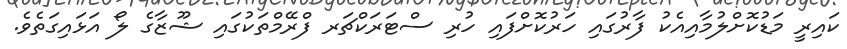
ކައިރީ މަޑުކޮށްލުމާއިއެކު ފާރުގައި ހަރުކޮށްފައި ހުރި ސްޓަރަކްޗަރ ފްރޭމްތަކުގައި ޝޫޒާގެ ލޯ އަޅައިގަތެވެ.